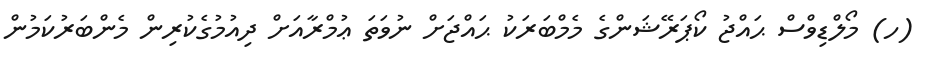
(ހ) މޯލްޑިވްސް ޙައްޖު ކޯޕަރޭޝަންގެ މެމްބަރަކު ޙައްޖަށް ނުވަތަ ޢުމްރާއަށް ދިއުމުގެކުރިން މެންބަރުކަމުން